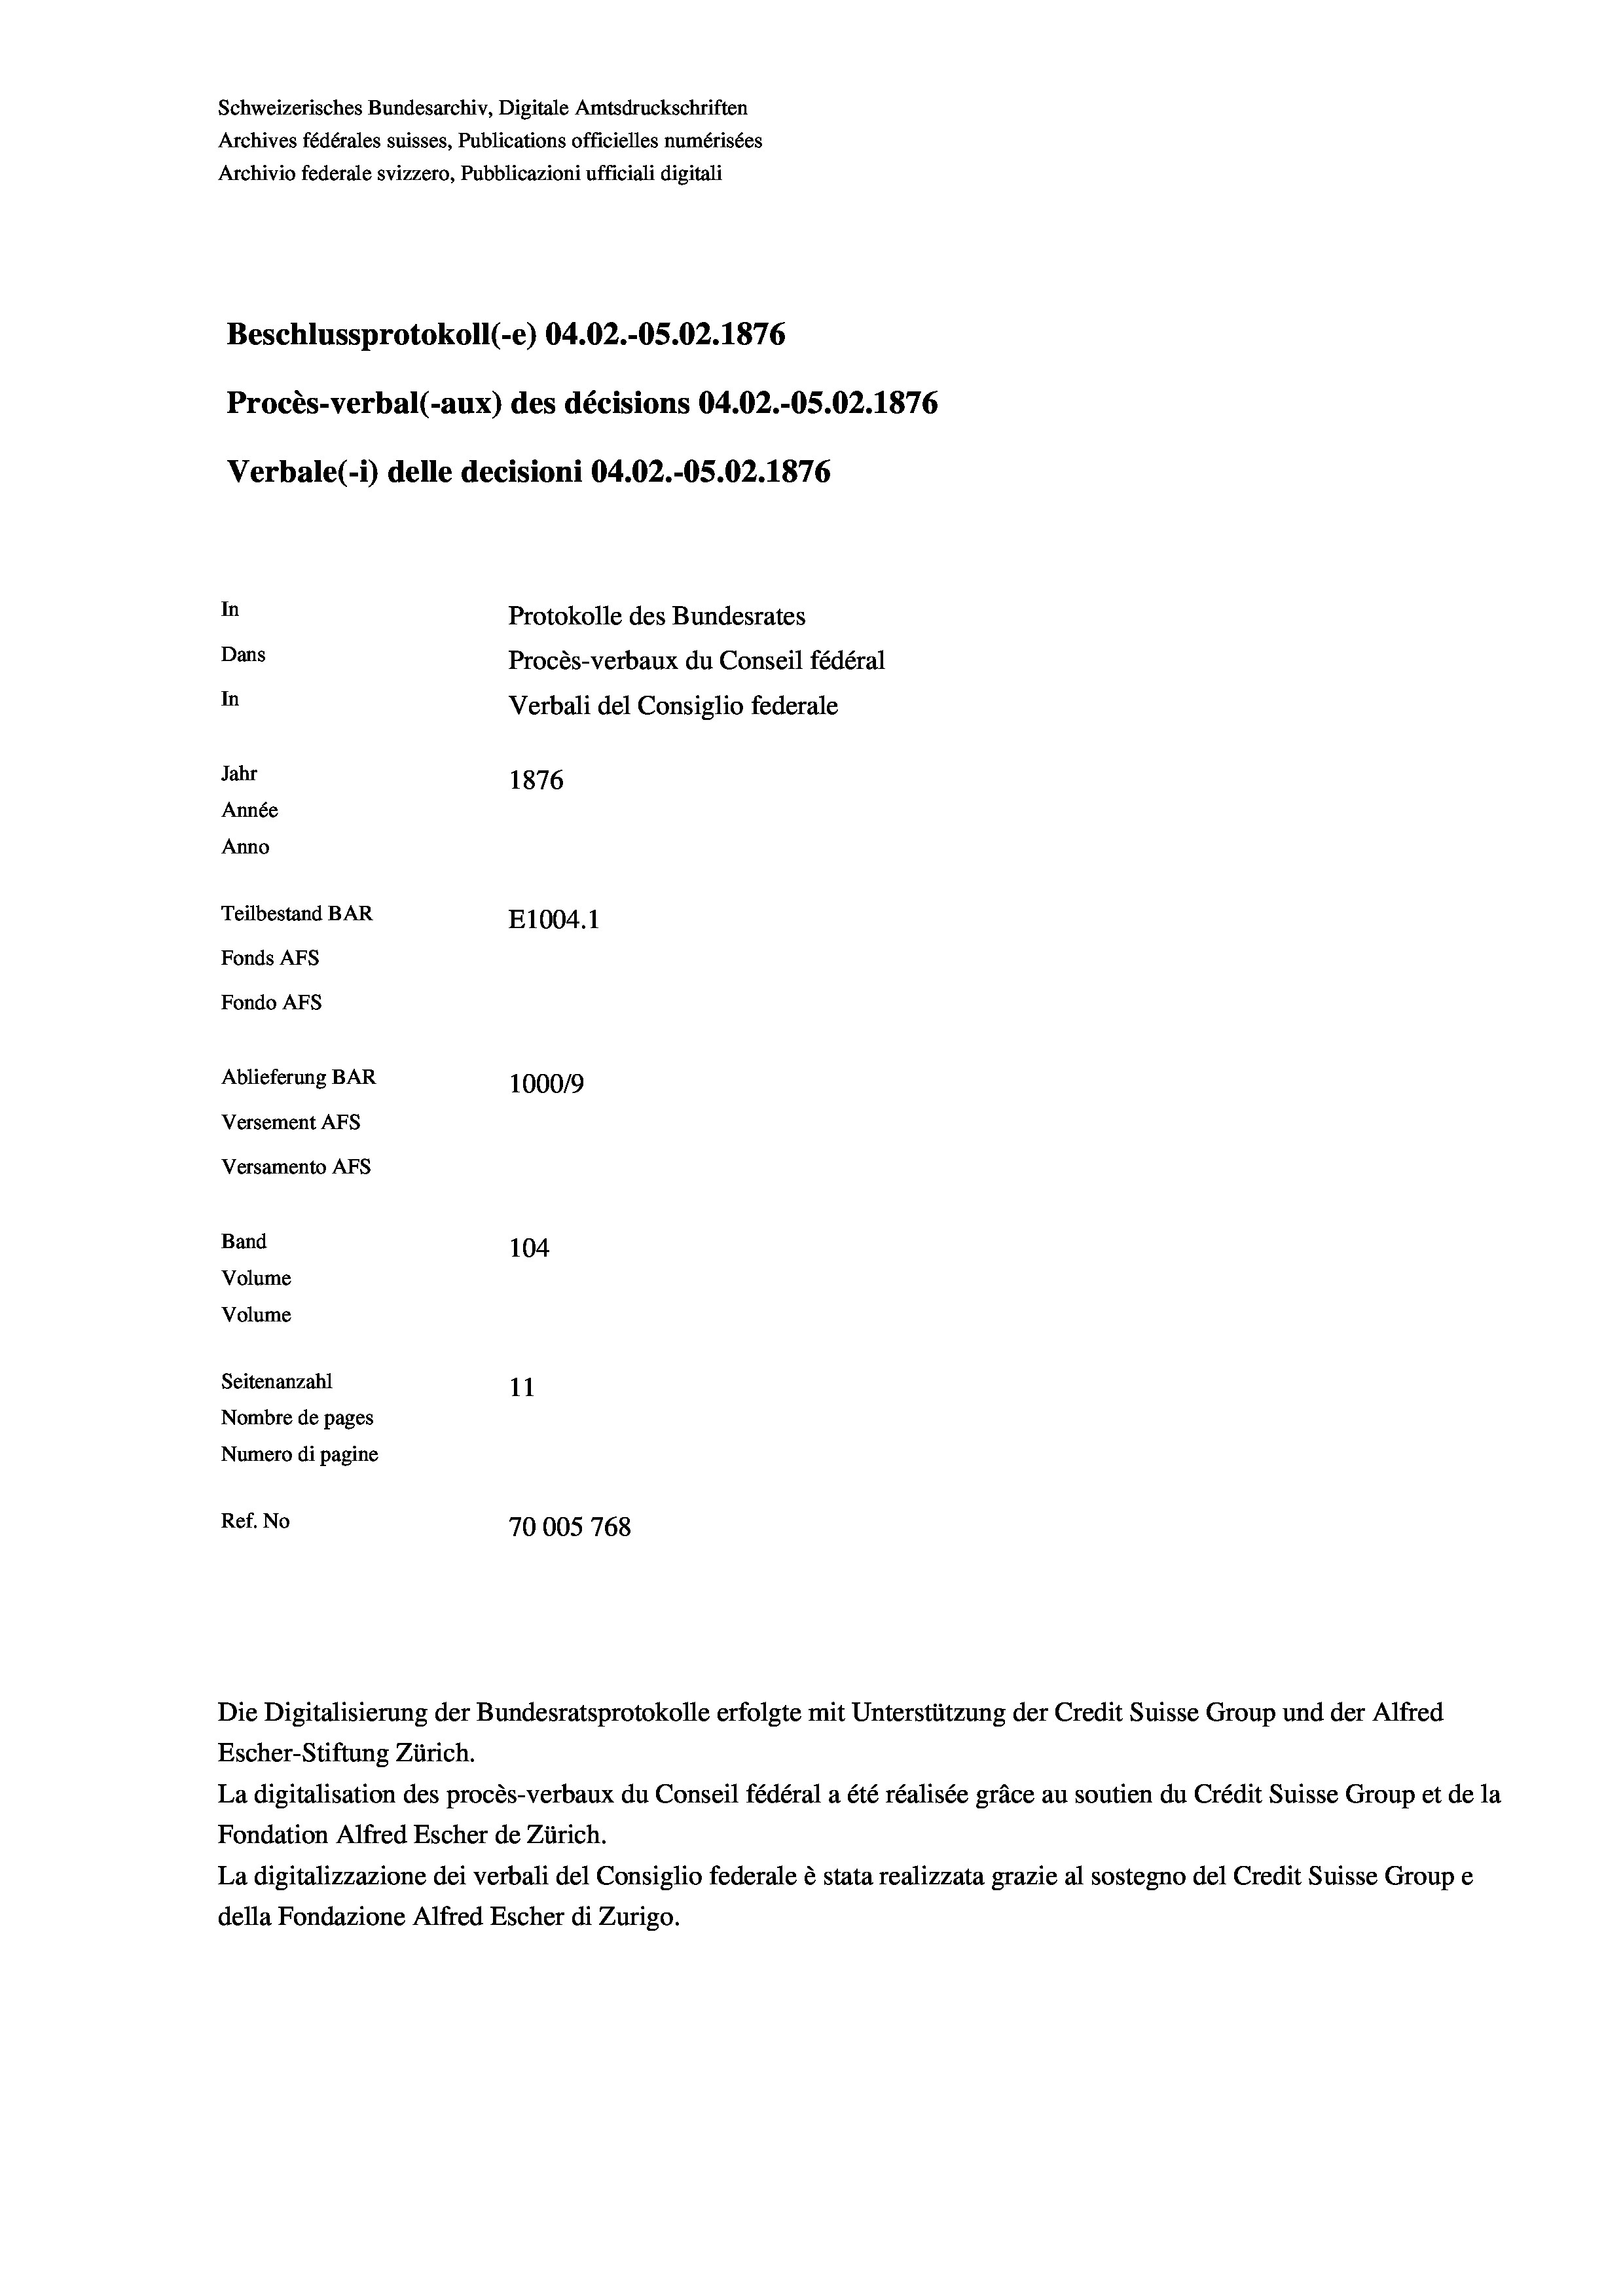
Schweizerisches Bundesarchiv, Digitale Amtsdruckschriften
Archives fédérales suisses, Publications officielles numérisées
Archivio federale svizzero, Pubblicazioni ufficiali digitali
Beschlussprotokoll (-e) 04.02.-05.02. 1876
Procès-verbal (-aux) des décisions 04.02.-OS.02. 1876
Verbale (1) delle decisioni 04.02.-O5.02. 1876
In
Protokolle des Bundesrates
Dans
Procès-verbaux du Conseil fédéral
In
Verbali del Consiglio federale
Jahr
1876
Année
Anno
Teilbestand BAR
E1004. 1
Fonds AFs
Fondo AFS
Ablieferung BAR
1000/9
Versement AFs
Versamento AFS
Band
104
Volume
Volume
Seitenanzahl
11
Nombre de pages
Numero di pagine
Ref. No
70005768

Die Digitalisierung der Bundesratsprotokolle erfolgte mit Unterstützung der Credit Suisse Group und der Alfred
Escher-Stiftung Zürich.
La digitalisation des procès-verbaux du Conseil fédéral a été réalisée gräce au soutien du Crédit Suisse Group et de la
Fondation Alfred Escher de Zürich.
La digitalizzazione dei verbali del Consiglio federale è stata realizzata grazie al sostegno del Credit Suisse Groupe
della Fondazione Alfred Escher di Zurigo.